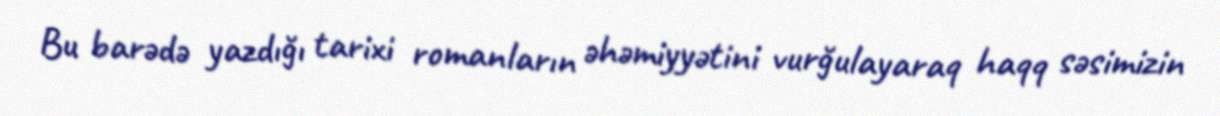
Bu barədə yazdığı tarixi romanların əhəmiyyətini vurğulayaraq haqq səsimizin